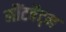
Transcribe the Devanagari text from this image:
मौंटबैट्न